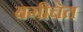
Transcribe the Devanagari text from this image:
बगीचेत